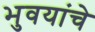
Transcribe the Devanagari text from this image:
भुवयांचे